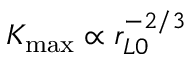
K _ { \mathrm { m a x } } \propto r _ { L 0 } ^ { - 2 / 3 }